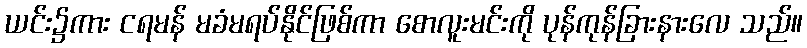
ယင်း၌ကား ငရမန် မခံမရပ်နိုင်ဖြစ်ကာ စောလူးမင်းကို ပုန်ကုန်ခြားနားလေ သည်။